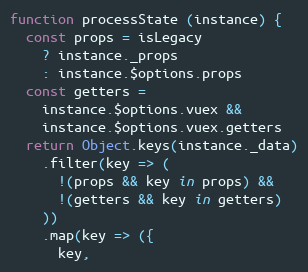
Language: JavaScript
function processState (instance) {
  const props = isLegacy
    ? instance._props
    : instance.$options.props
  const getters =
    instance.$options.vuex &&
    instance.$options.vuex.getters
  return Object.keys(instance._data)
    .filter(key => (
      !(props && key in props) &&
      !(getters && key in getters)
    ))
    .map(key => ({
      key,